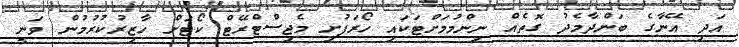
އަދި އޭނާގެ ބަންދާމެދު ގޮތެއް ނިންމުމަށްޓަކައި ހޯރަފުށި މެޖިސްޓްރޭޓް ކޯޓަށް ހާޒިރުކުރުމުން ވަނީ